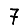
Digit: 7